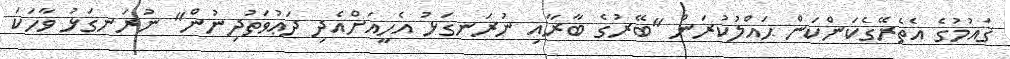
ޤައުމުގެ އެތެރޭގެކަންކަން ޙައްލުކުރަން "ބޭރުގެ ބާރާއި ނުރަނގަޅު އެހީއަށްއެދި ދަޢުވަތުދިނުން" ނުރަނގަޅު ވާހަކަ